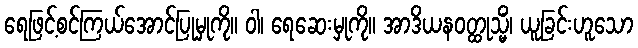
ရေဖြင့်စင်ကြယ်အောင်ပြုမှုကို။ ဝါ၊ ရေဆေးမှုကို။ အာဒိယနဝတ္ထုသ္မိံ၊ ယူခြင်းဟူသော